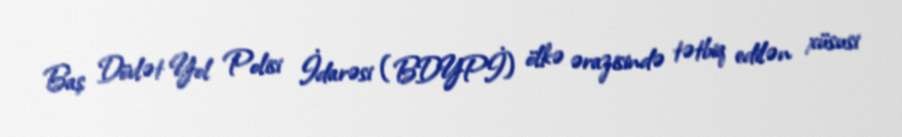
Baş Dövlət Yol Polisi İdarəsi (BDYPİ) ölkə ərazisində tətbiq edilən xüsusi